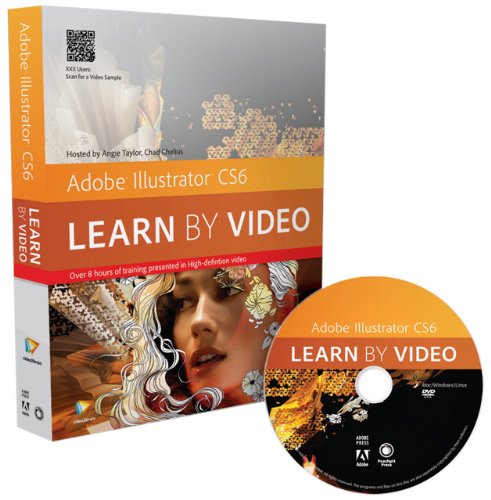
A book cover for Adobe Illustrator CS6: Learn by Video; video2brain; Computers & Technology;